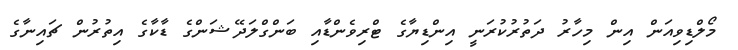
މޯލްޑިވިއަން އިން މިހާރު ދަތުރުކުރަނީ އިންޑިޔާގެ ޓްރިވެންޑާއި ބަންގްލަދޭޝަންގެ ޑާކާގެ އިތުރުން ޗައިނާގެ